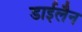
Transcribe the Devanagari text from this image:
डाईलैन